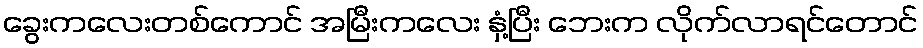
ခွေးကလေးတစ်ကောင် အမြီးကလေး နှံ့ပြီး ဘေးက လိုက်လာရင်တောင်